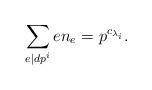
LaTeX: \begin{align*}\sum_{e\mid dp^i}en_e=p^{c_{\lambda_i}}.\end{align*}